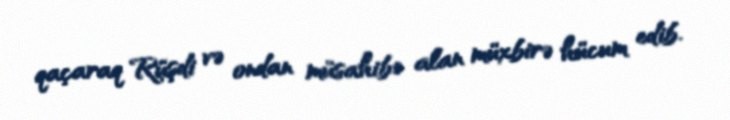
qaçaraq Rüşdi və ondan müsahibə alan müxbirə hücum edib.